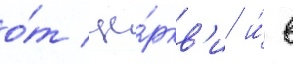
о́т це́ркв'и и́ в